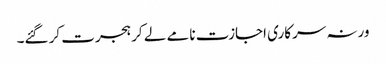
ورنہ سرکاری اجازت نامے لے کر ہجرت کر گئے۔